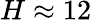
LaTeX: H\approx 12